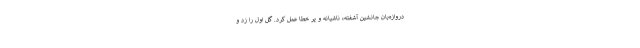
دروازه‌بان جانشین آشفته، ناشیانه و پر خطا عمل کرد. گل اول را زد و